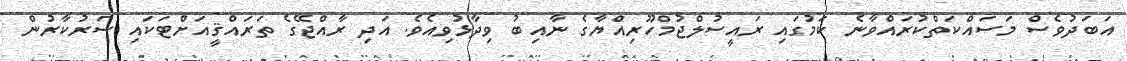
އަބަދުވެސް މަސައްކަތްކުރައްވާނެ ކަމުގައި ރައީސުލްޖުމްހޫރިއްޔާގެ ނާއިބު ވިދާޅުވިއެވެ. އަދި ރާއްޖޭގެ ތަރައްޤީއަށްޓަކައި ސަރުކާރުން